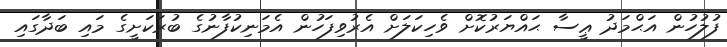
ފުލުހުން އަޙްމަދު ޢީސާ ޙައްޔަރުކޮށް ވެހިކަލަށް އެރުވިފަހުން އެމަނިކުފާނުގެ ބުރަކަށީގެ މައި ބަދާގައި